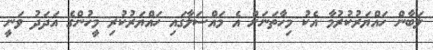
ލަބާން ހައްޔަރުކުރުމާ އެކު މިހާތަނަށް އެ މައްސަލާގައި ހައްޔަރުކުރި މީހުންގެ އަދަދު ވަނީ